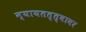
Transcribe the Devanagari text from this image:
न्यायतत्त्वावर